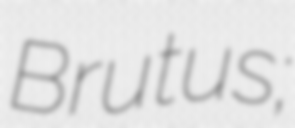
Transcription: Brutus;